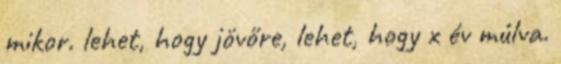
mikor. lehet, hogy jövőre, lehet, hogy x év múlva.